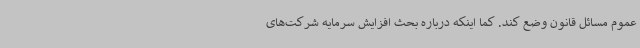
عموم مسائل قانون وضع کند. کما اینکه درباره بحث افزایش سرمایه شرکت‌های